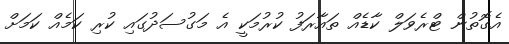
އެގޮތުން ޓްރެވަލް ކާޑެއް ތައާރަފު ކުރުމަކީ އެ މަގުސަދުގައި ކުރި ކަމެއް ކަމަށް